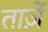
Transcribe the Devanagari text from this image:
ताज़ें